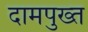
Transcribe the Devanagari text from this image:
दामपुख्त